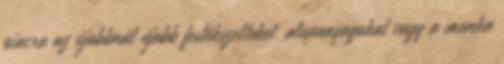
piacra az újabbnál újabb festékszetteket, alapanyagokat vagy a munka